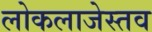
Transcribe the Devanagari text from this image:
लोकलाजेस्तव